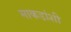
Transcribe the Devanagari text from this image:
माकडांशी